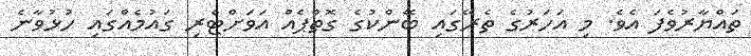
ތައްޔާރުވެފަ އެވެ. މި އަހަރުގެ ތެރޭގައި ބޭންކުގެ ގޮތްޕެއް އަވަށްޓެރި ގައުމެއްގައި ހުޅުވާނެ